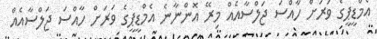
އެމްޑީޕީގެ ވަރަށް ހާއްސަ ޖަލްސާއެއް މިރޭ އޮންނާނެ އެމްޑީޕީގެ ވަރަށް ހާއްސަ ޖަލްސާއެއް